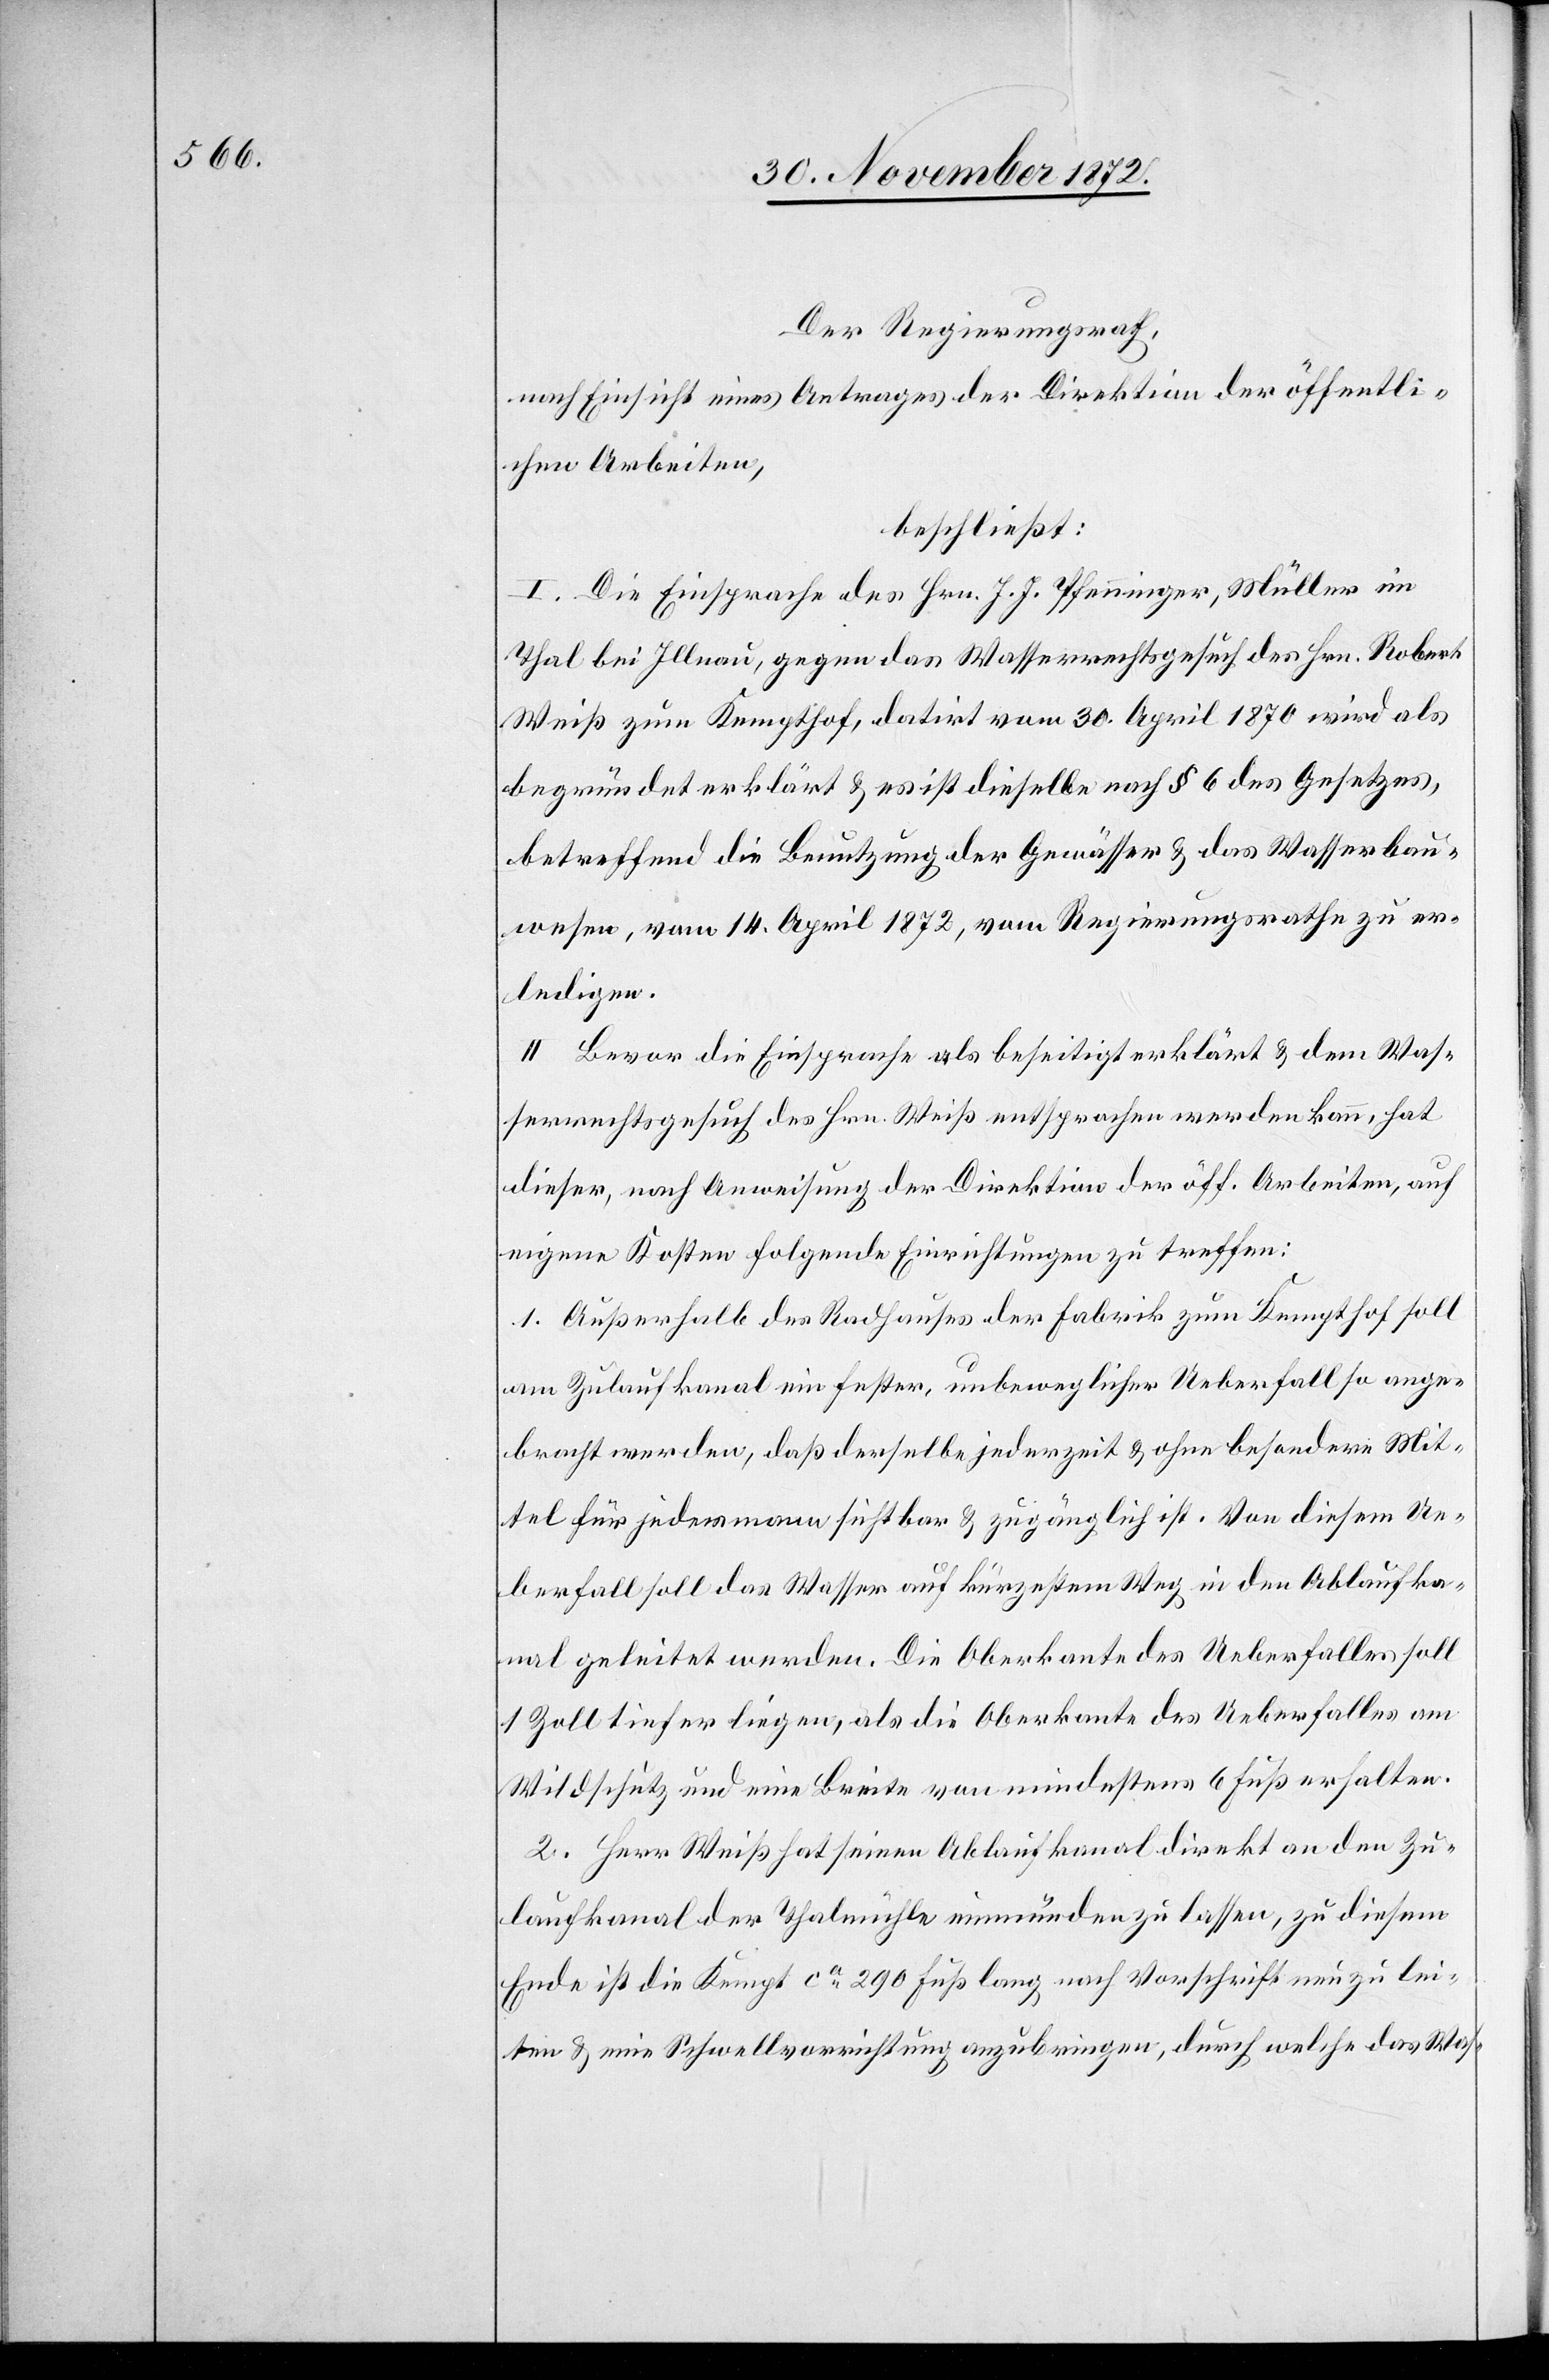
Der Regierungsrath,
nach Einsicht eines Antrages der Direktion der öffentli¬
chen Arbeiten,
beschließt:
I. Die Einsprache des Hrn. J. J. Pfenninger, Müller im
Thal bei Illnau, gegen das Wasserrechtsgesuch des Hrn. Robert
Weiß zum Kempthof, datirt vom 30. April 1870 wird als
begründet erklärt u. es ist dieselbe nach § 6 des Gesetzes,
betreffend die Benutzung der Gewässer u. das Wasserbau¬
wesen, vom 14. April 1872, vom Regierungsrathe zu er¬
ledigen.
II. Bevor die Einsprache als beseitigt erklärt u. dem Was¬
serrechtsgesuch des Hrn. Weiß entsprochen werden kann, hat
dieser, nach Anweisung der Direktion der öff. Arbeiten, auf
eigene Kosten folgende Einrichtung zu treffen:
1. Außerhalb des Radhauses der Fabrik zum Kempthof soll
am Zulaufkanal ein fester, unbeweglicher Ueberfall so ange¬
bracht werden, daß derselbe jederzeit u. ohne besondere Mit¬
tel für jedermann sichtbar u. zugänglich ist. Von diesem Ue¬
berfall soll das Wasser auf kürzestem Weg in den Ablaufka¬
nal geleitet werden. Die Oberkante des Ueberfalles soll
1 Zoll tiefer liegen, als die Oberkante des Ueberfalles am
Wildschutz und eine Breite von mindestens 6 Fuß erhalten.
2. Herr Weiß hat seinen Ablaufkanal direkt an den Zu¬
laufkanal der Thalmühle einmünden zu lassen, zu diesem
Ende ist die Kempt ca 290 Fuß lang nach Vorschrift neu zu lei¬
ten u. eine Schwellvorrichtung anzubringen, durch welche das Was-